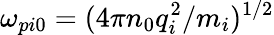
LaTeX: \omega_{pi0}=(4\pi n_{0}q_{i}^{2}/m_{i})^{1/2}